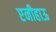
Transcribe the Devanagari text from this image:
एनीहाऊ